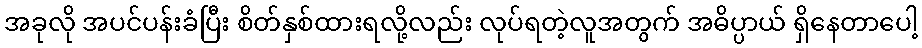
အခုလို အပင်ပန်းခံပြီး စိတ်နှစ်ထားရလို့လည်း လုပ်ရတဲ့လူအတွက် အဓိပ္ပာယ် ရှိနေတာပေါ့